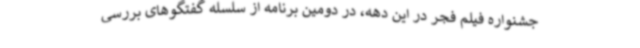
جشنواره فیلم فجر در این دهه، در دومین برنامه از سلسله گفتگوهای بررسی